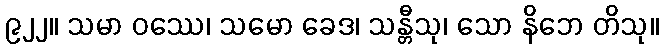
၉၂၂။ သမာ ဝဿေ၊ သမော ခေဒ၊ သန္တီသု၊ သော နိဘေ တိသု။